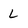
Character: L